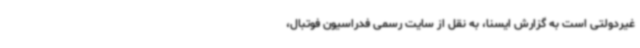
غیردولتی است به گزارش ایسنا، به نقل از سایت رسمی فدراسیون فوتبال،